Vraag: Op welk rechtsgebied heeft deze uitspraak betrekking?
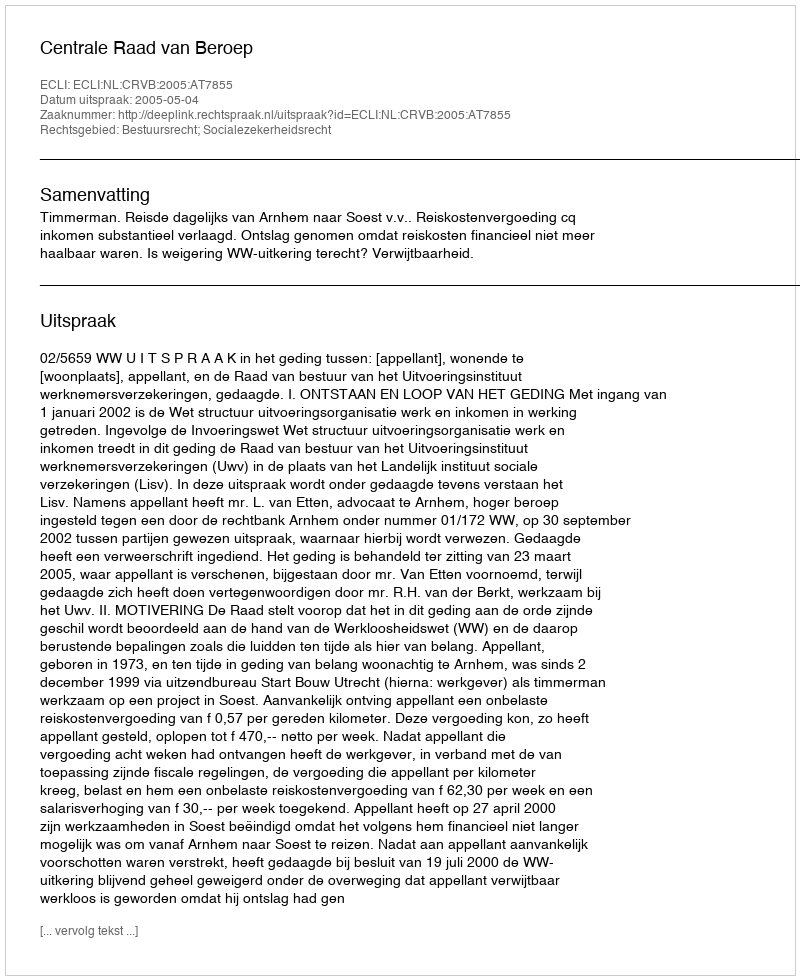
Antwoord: Bestuursrecht; Socialezekerheidsrecht